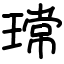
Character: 瑺